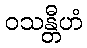
ဝသန္တီဟံ